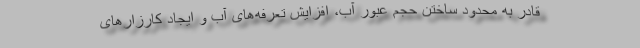
قادر به محدود ساختن حجم عبور آب، افزایش تعرفه‌های آب و ایجاد کارزارهای